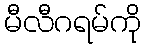
မီလီဂရမ်ကို